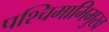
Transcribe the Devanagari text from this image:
पश्‍चिमाभिमुख